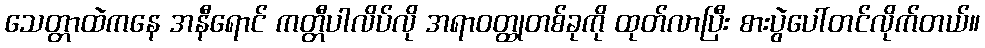
သေတ္တာထဲကနေ အနီရောင် ကတ္တီပါလိပ်လို အရာဝတ္ထုတစ်ခုကို ထုတ်လာပြီး စားပွဲပေါ်တင်လိုက်တယ်။